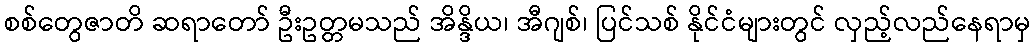
စစ်တွေဇာတိ ဆရာတော် ဦးဥတ္တမသည် အိန္ဒိယ၊ အီဂျစ်၊ ပြင်သစ် နိုင်ငံများတွင် လှည့်လည်နေရာမှ